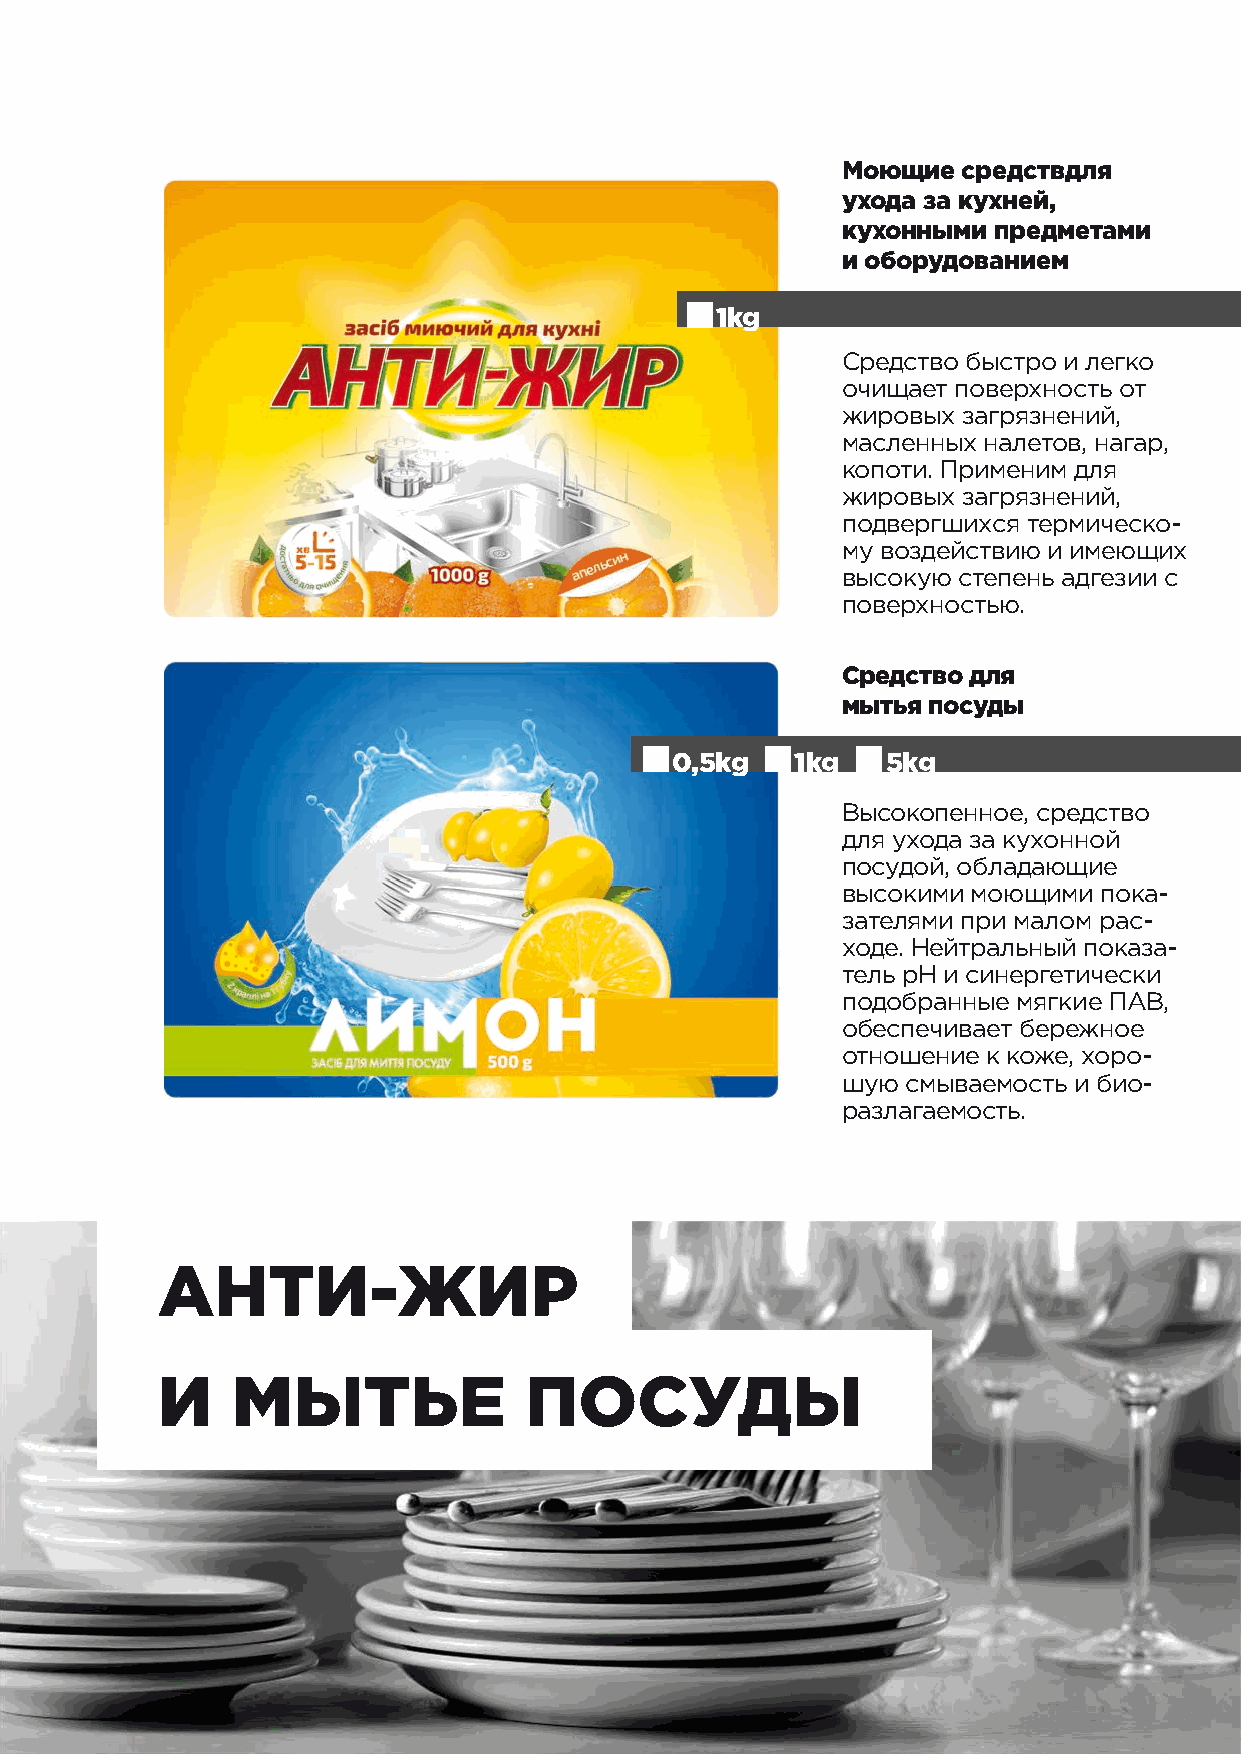
Моющие  средствдля
 ухода за кухней,
 кухонными предметами
 и оборудованием
 1kg
 Средство быстро и легко
 очищает поверхность от
 жировых загрязнений,
 масленных налетов, нагар,
 копоти. Применим для
 жировых загрязнений,
 подвергшихся термическо-
 му воздействию и имеющих
 высокую степень адгезии с
 поверхностью.
 Средство для
 мытья посуды
 0,5kg    1kg   5kg
 Высокопенное, средство
 для ухода за кухонной
 посудой, обладающие
 высокими моющими пока-
 зателями при малом рас-
 ходе. Нейтральный показа-
 тель рН и синергетически
 подобранные мягкие ПАВ,
 обеспечивает бережное
 отношение к коже, хоро-
 шую смываемость и био-
 разлагаемость.
 АНТИ-ЖИР
 И    МЫТЬЕ               ПОСУДЫ